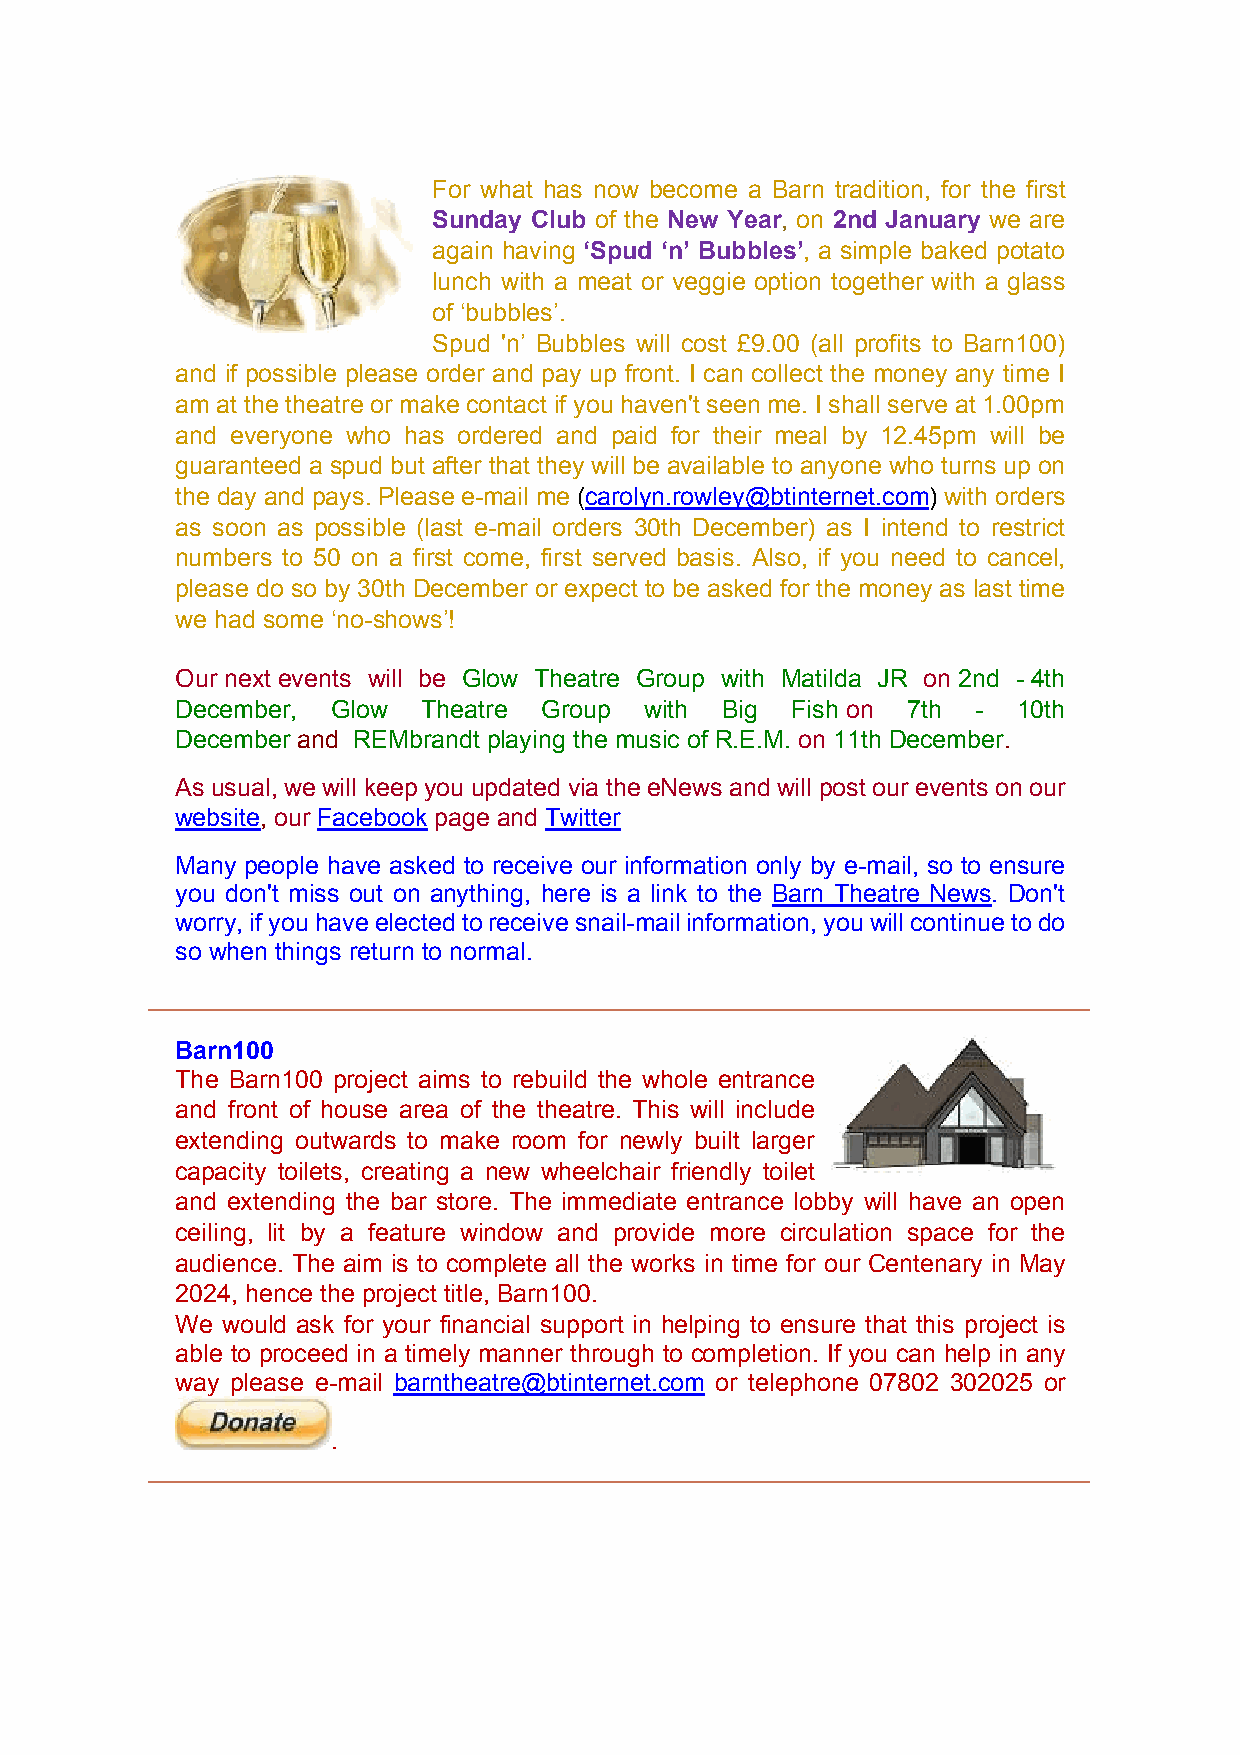
For what has now become a Barn tradition, for the first
 Sunday Club of the New Year, on 2nd January we are
 again having ‘Spud ‘n’ Bubbles’, a simple baked potato
 lunch with a meat or veggie option together with a glass
 of ‘bubbles’.
 Spud ’n’ Bubbles will cost £9.00 (all profits to Barn100)
 and if possible please order and pay up front. I can collect the money any time I
 am at the theatre or make contact if you haven’t seen me. I shall serve at 1.00pm
 and everyone who has ordered and paid for their meal by 12.45pm will be
 guaranteed a spud but after that they will be available to anyone who turns up on
 the day and pays. Please e-mail me (carolyn.rowley@btinternet.com) with orders
 as soon as possible (last e-mail orders 30th December) as I intend to restrict
 numbers to 50 on a first come, first served basis. Also, if you need to cancel,
 please do so by 30th December or expect to be asked for the money as last time
 we had some ‘no-shows’!
 Our next events will be Glow Theatre Group with Matilda JR on 2nd - 4th
 December, Glow  Theatre Group  with Big Fish on 7th  - 10th
 December and REMbrandt playing the music of R.E.M. on 11th December.
 As usual, we will keep you updated via the eNews and will post our events on our
 website, our Facebook page and Twitter
 Many people have asked to receive our information only by e-mail, so to ensure
 you don’t miss out on anything, here is a link to the Barn Theatre News. Don’t
 worry, if you have elected to receive snail-mail information, you will continue to do
 so when things return to normal.
 Barn100
 The Barn100 project aims to rebuild the whole entrance
 and front of house area of the theatre. This will include
 extending outwards to make room for newly built larger
 capacity toilets, creating a new wheelchair friendly toilet
 and extending the bar store. The immediate entrance lobby will have an open
 ceiling, lit by a feature window and provide more circulation space for the
 audience. The aim is to complete all the works in time for our Centenary in May
 2024, hence the project title, Barn100.
 We would ask for your financial support in helping to ensure that this project is
 able to proceed in a timely manner through to completion. If you can help in any
 way please e-mail barntheatre@btinternet.com or telephone 07802 302025 or
 .